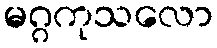
မဂ္ဂကုသလော